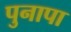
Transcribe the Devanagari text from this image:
पुनापा